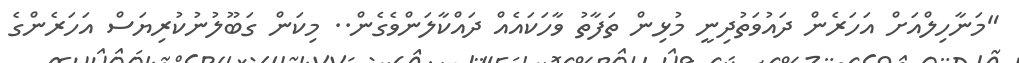
"މަނާހިލްއަށް އަހަރެން ދައުވަތުދިނީ މުޅިން ތަފާތު ވާހަކައެއް ދައްކާލަންވެގެން.. މިކަން ގަބޫލުނުކުރިޔަސް އަހަރެންގެ